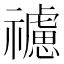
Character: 𥜜